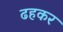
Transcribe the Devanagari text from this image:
ढहकर